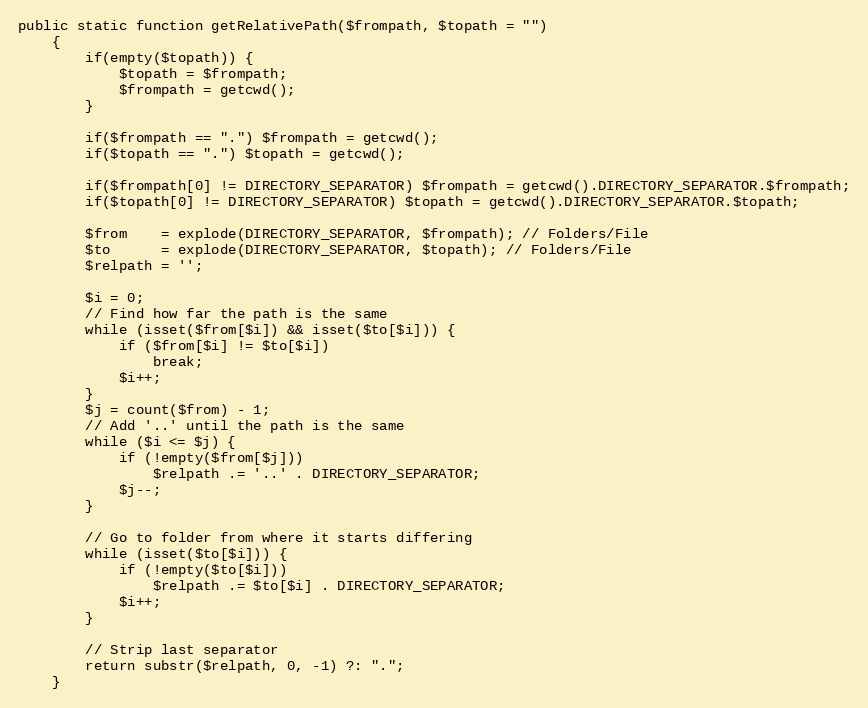
Language: PHP
public static function getRelativePath($frompath, $topath = "")
    {
        if(empty($topath)) {
            $topath = $frompath;
            $frompath = getcwd();
        }

        if($frompath == ".") $frompath = getcwd();
        if($topath == ".") $topath = getcwd();

        if($frompath[0] != DIRECTORY_SEPARATOR) $frompath = getcwd().DIRECTORY_SEPARATOR.$frompath;
        if($topath[0] != DIRECTORY_SEPARATOR) $topath = getcwd().DIRECTORY_SEPARATOR.$topath;

        $from    = explode(DIRECTORY_SEPARATOR, $frompath); // Folders/File
        $to      = explode(DIRECTORY_SEPARATOR, $topath); // Folders/File
        $relpath = '';

        $i = 0;
        // Find how far the path is the same
        while (isset($from[$i]) && isset($to[$i])) {
            if ($from[$i] != $to[$i])
                break;
            $i++;
        }
        $j = count($from) - 1;
        // Add '..' until the path is the same
        while ($i <= $j) {
            if (!empty($from[$j]))
                $relpath .= '..' . DIRECTORY_SEPARATOR;
            $j--;
        }

        // Go to folder from where it starts differing
        while (isset($to[$i])) {
            if (!empty($to[$i]))
                $relpath .= $to[$i] . DIRECTORY_SEPARATOR;
            $i++;
        }

        // Strip last separator
        return substr($relpath, 0, -1) ?: ".";
    }